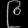
Digit: ၉